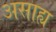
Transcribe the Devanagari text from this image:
असाह्य